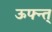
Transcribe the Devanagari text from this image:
ऊफ्न्त्